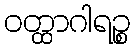
ဝတ္ထာဂါရဉ္စ